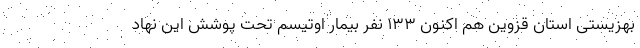
بهزیستی استان قزوین هم اکنون ۱۳۳ نفر بیمار اوتیسم تحت پوشش این نهاد